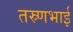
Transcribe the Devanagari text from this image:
तस्र्णभाई